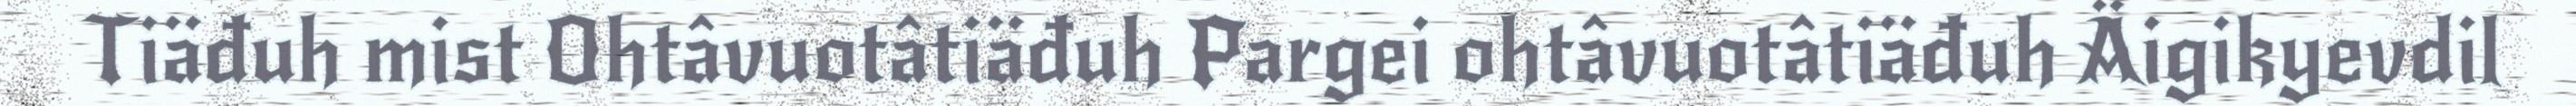
Tiäđuh mist Ohtâvuotâtiäđuh Pargei ohtâvuotâtiäđuh Äigikyevdil